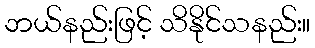
ဘယ်နည်းဖြင့် သိနိုင်သနည်း။